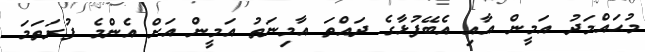
މުޙައްމަދު އަމީން އާއި އެބޭފުޅާގެ ދައްތަ އާމިނަތު އަމީން އަށް އެންމެ ފުރަތަމަ